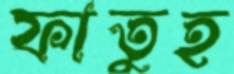
ফাতুহ